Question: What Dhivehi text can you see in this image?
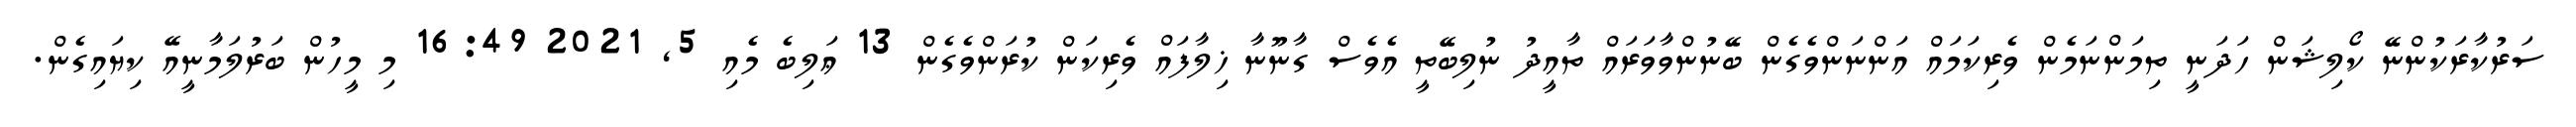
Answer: ސަރުކާރަކުންނޭ ކޯލިޝަން ހަދަނީ ތިމަންނަމެން ވެރިކަމައް އަންނަންވެގެން ބޭނުންވާވަރައް ތާއީދު ނުލިބޭތީ އެވެސް ގާނޫނާ ޚިލާފައް ވެރިކަން ކުރަންވެގެން 13 ޢަލިބެ މެއި 5, 2021 16:49 މި މީހުން ބަރުލަމާނީއޭ ކިޔައިގެން.